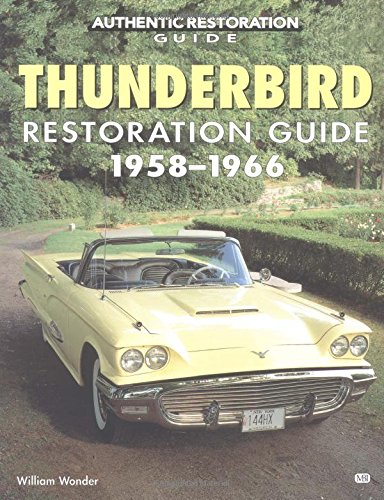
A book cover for Thunderbird Restoration Guide, 1958-1966 (Motorbooks Workshop); William Wonder; Engineering & Transportation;